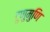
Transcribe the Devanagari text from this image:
टुणुमुणि